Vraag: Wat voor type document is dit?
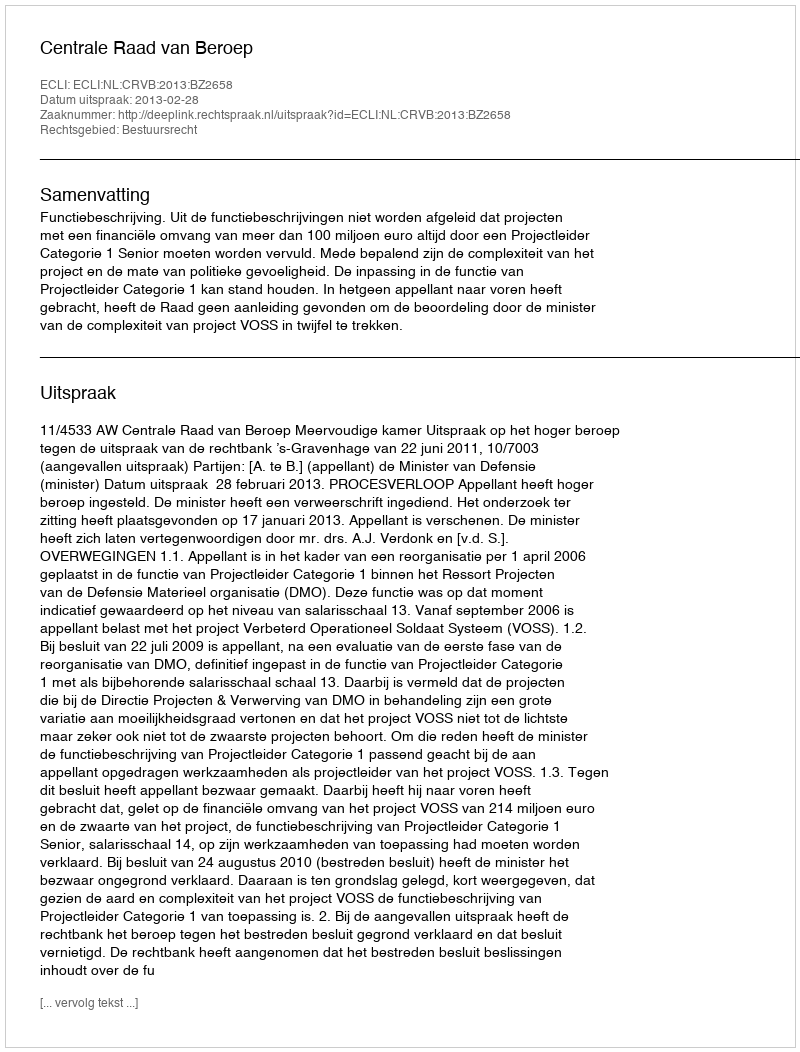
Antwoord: Uitspraak